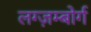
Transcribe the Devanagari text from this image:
लग्ज़म्बोर्ग